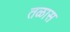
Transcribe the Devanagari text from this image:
तळास